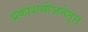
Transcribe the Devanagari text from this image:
प्रकाशयोजनेतून